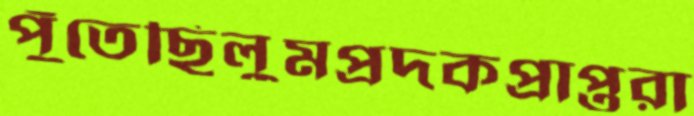
পুঁতেছিলুমপ্রদকপ্রাপ্তরা